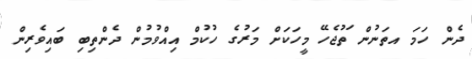
ދެން ހަމަ އތަނުން ަތުޖެހޭ މީހަކަށް މަރުގެ ހުކުމް އިއްވުމުން ދެންތިބި ބައިވެރިން